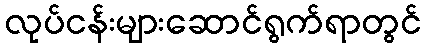
လုပ်ငန်းများဆောင်ရွက်ရာတွင်